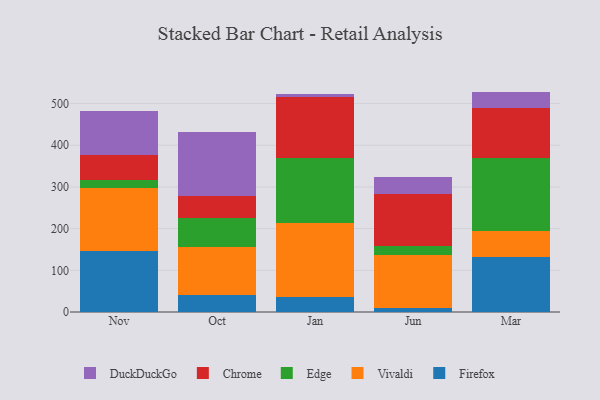
{"axis": {"x": "Month", "y": "Customer Acquisition Cost (USD)"}, "legend": ["Chrome", "DuckDuckGo", "Edge", "Firefox", "Vivaldi"], "data": [{"x": "Nov", "y": 145.2, "type": "Firefox"}, {"x": "Nov", "y": 151.9, "type": "Vivaldi"}, {"x": "Nov", "y": 19.1, "type": "Edge"}, {"x": "Nov", "y": 60.7, "type": "Chrome"}, {"x": "Nov", "y": 105.0, "type": "DuckDuckGo"}, {"x": "Oct", "y": 39.8, "type": "Firefox"}, {"x": "Oct", "y": 116.5, "type": "Vivaldi"}, {"x": "Oct", "y": 70.2, "type": "Edge"}, {"x": "Oct", "y": 52.8, "type": "Chrome"}, {"x": "Oct", "y": 153.5, "type": "DuckDuckGo"}, {"x": "Jan", "y": 35.0, "type": "Firefox"}, {"x": "Jan", "y": 179.6, "type": "Vivaldi"}, {"x": "Jan", "y": 155.8, "type": "Edge"}, {"x": "Jan", "y": 145.8, "type": "Chrome"}, {"x": "Jan", "y": 6.9, "type": "DuckDuckGo"}, {"x": "Jun", "y": 10.1, "type": "Firefox"}, {"x": "Jun", "y": 127.7, "type": "Vivaldi"}, {"x": "Jun", "y": 20.9, "type": "Edge"}, {"x": "Jun", "y": 125.2, "type": "Chrome"}, {"x": "Jun", "y": 38.9, "type": "DuckDuckGo"}, {"x": "Mar", "y": 131.3, "type": "Firefox"}, {"x": "Mar", "y": 62.1, "type": "Vivaldi"}, {"x": "Mar", "y": 176.7, "type": "Edge"}, {"x": "Mar", "y": 118.7, "type": "Chrome"}, {"x": "Mar", "y": 40.0, "type": "DuckDuckGo"}]}